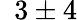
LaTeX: \hphantom{0}3\pm 4